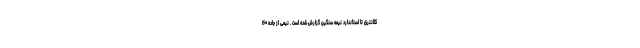
کلانتری تا استاندارد نیمه سنگین گزارش شده است . نیمی از جاده ۱۶۰